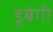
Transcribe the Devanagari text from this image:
डूबेगी